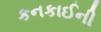
કનકાઈની